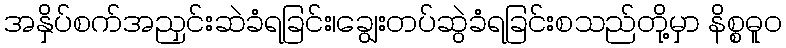
အနှိပ်စက်အညှင်းဆဲခံရခြင်း၊ချွေးတပ်ဆွဲခံရခြင်းစသည်တို့မှာ နိစ္စဓူဝ